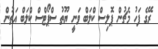
ރޭގެ ފަހު މެޗުން ޕޮލިސް ކްލަބް ވަނީ ޔޫތު ސްޕޯޓްސް ކްލަބް އަތުން